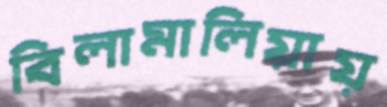
বিলামালিয়ায়